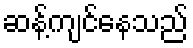
ဆန့်ကျင်နေသည်